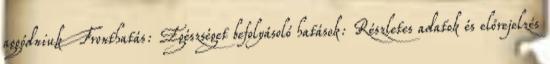
aggódniuk Fronthatás: Egészséget befolyásoló hatások: Részletes adatok és előrejelzés